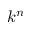
k ^ { n }